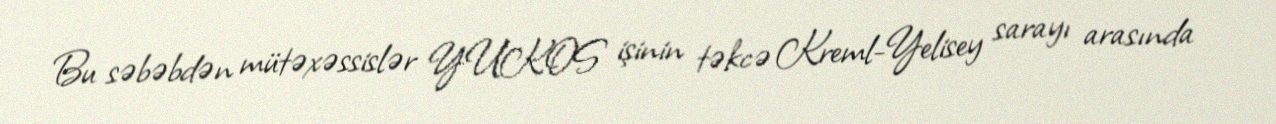
Bu səbəbdən mütəxəssislər YUKOS işinin təkcə Kreml-Yelisey sarayı arasında